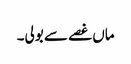
ماں غصے سے بولی۔